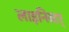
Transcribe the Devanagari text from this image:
लाइनिस्टर्